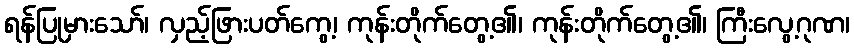
ရန်ပြုမှားသော်၊ လှည့်ဖြားပတ်ကွေ့၊ ကုန်းတိုက်တွေ့၏၊ ကုန်းတိုက်တွေ့၏၊ ကြီးလွေ့ဂုဏ၊